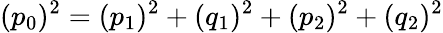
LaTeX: (p_{0})^{2}=(p_{1})^{2}+(q_{1})^{2}+(p_{2})^{2}+(q_{2})^{2}